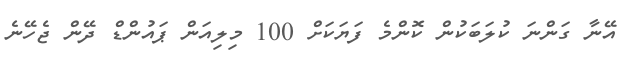
އޭނާ ގަންނަ ކުލަބަކުން ކޮންމެ ފަޔަކަށް 100 މިލިއަން ޕައުންޑް ދޭން ޖެހޭނެ